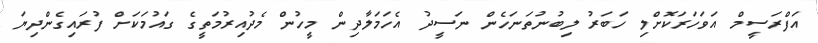
އަފްރަސީމް އަވަހަރަކޮށްލި ހަބަރު ލިބުނުތަނަހެން ނަސީދު އެހަމަލާދިން މީހުން މެދުއިރުމަތީގެ ގައުމަކަށް ފުރައިގެންދިޔަ